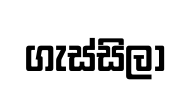
ගැස්සිලා